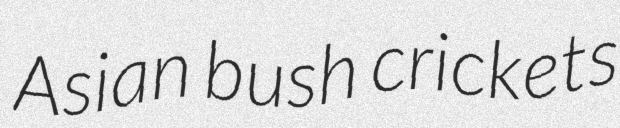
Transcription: Asian bush crickets